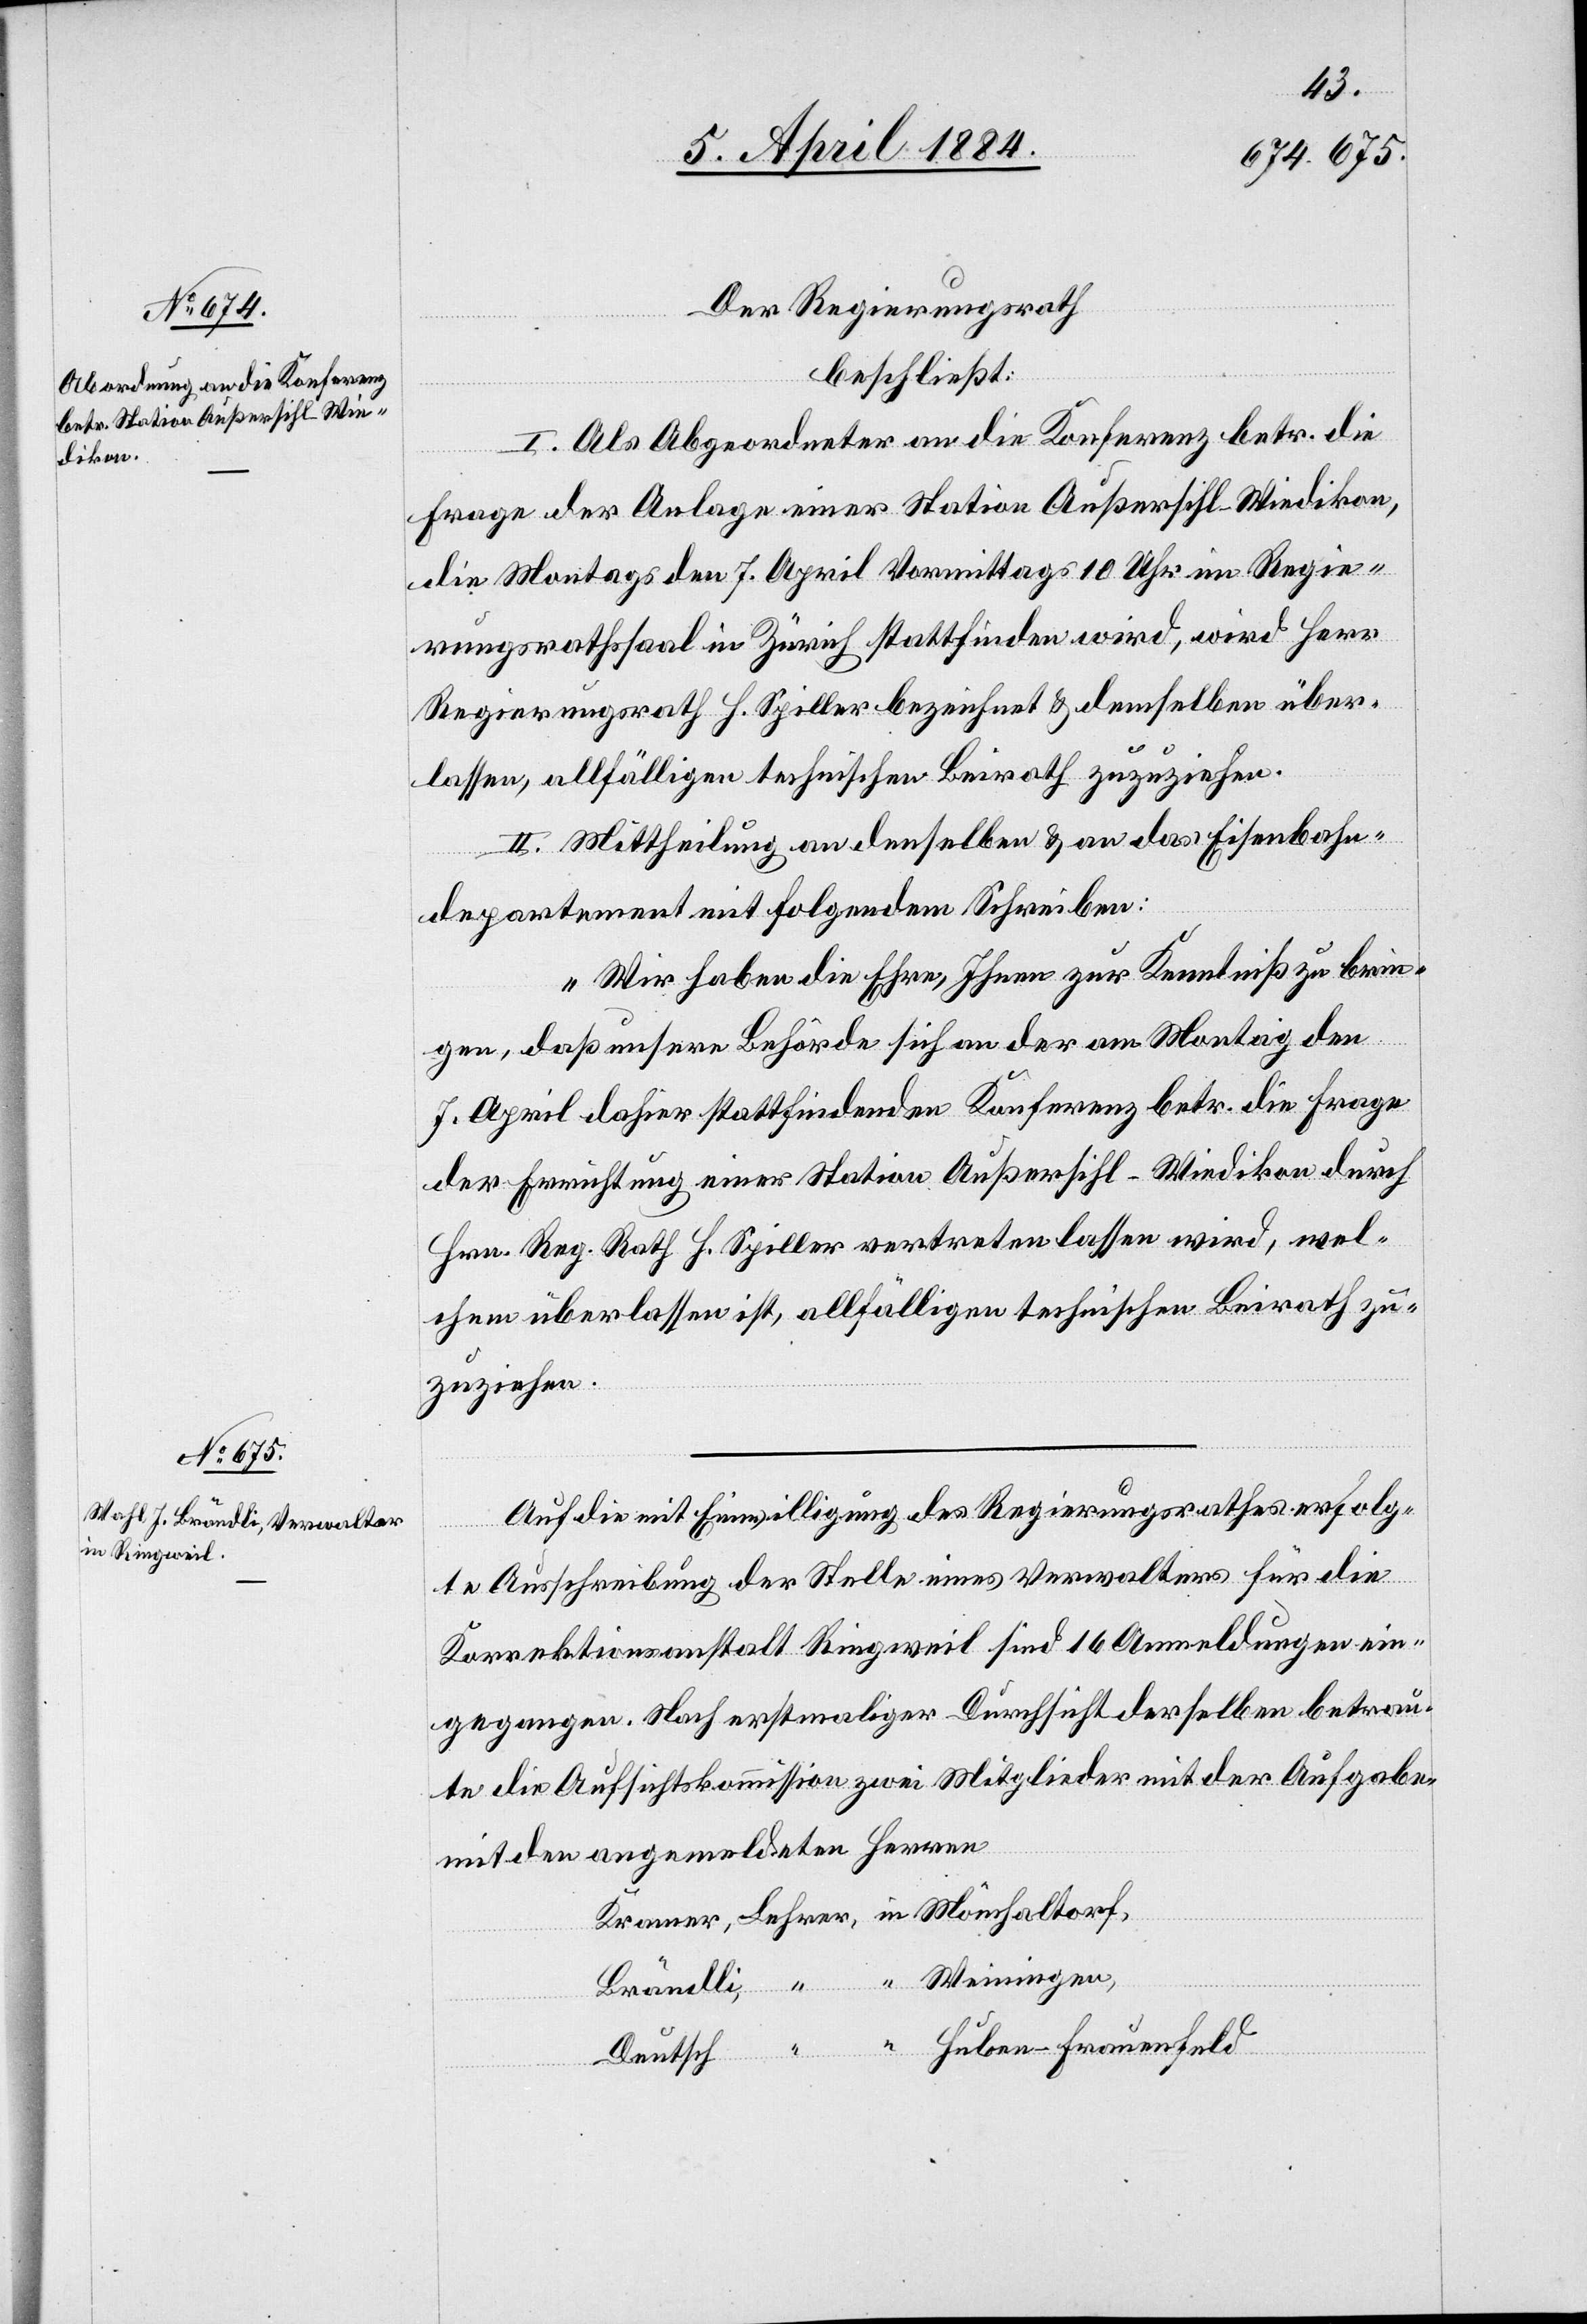
Der Regierungsrath
beschließt:
I. Als Abgeordneter an die Konferenz betr. die
Frage der Anlage einer Station Außersihl - Wiedikon,
die Montags den 7. April Vormittags 10 Uhr im Regie¬
rungsrathssaal in Zürich stattfinden wird, wird Herr
Regierungsrath H. Spiller bezeichnet & demselben über¬
lassen, allfälligen technischen Beirath zuzuziehen.
II. Mittheilung an denselben & an das Eisenbahn¬
departement mit folgendem Schreiben:
„Wir haben die Ehre, Ihnen zur Kenntniß zu brin¬
Lehrer,
gen, daß unsere Behörde sich an der am Montag den
7. April dahier stattfindenden Konferenz betr. die Frage
der Errichtung einer Station Außersihl - Wiedikon durch
Hrn. Reg. Rath H. Spiller vertreten lassen wird, wel¬
chem überlassen ist, allfälligen technischen Beirath zu¬
zuziehen.“
Auf die Einwilligung des Regierungsrathes erfolg¬
te Ausschreibung der Stelle eines Verwalters für die
Korrektionsanstalt Ringweil sind 16 Anmeldungen ein¬
gegangen. Nach erstmaliger Durchsicht derselben betrau¬
te die Aufsichtskommission zwei Mitglieder mit der Aufgabe
mit den angemeldeten Herren
Weiningen,
in
Brändli,
Huben - Frauenfeld
Deutsch